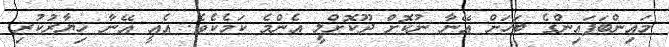
މައިންބަފައިންގެ ބަހަށް އޭނާ ނުކޮށް ދޫކޮށްލީ އެންމެ ކަމެކެވެ. އެއީ އޭނާ ޚިޔާރުކުރި